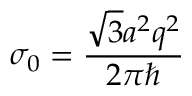
\sigma _ { 0 } = \frac { \sqrt { 3 } a ^ { 2 } q ^ { 2 } } { 2 \pi \hbar }